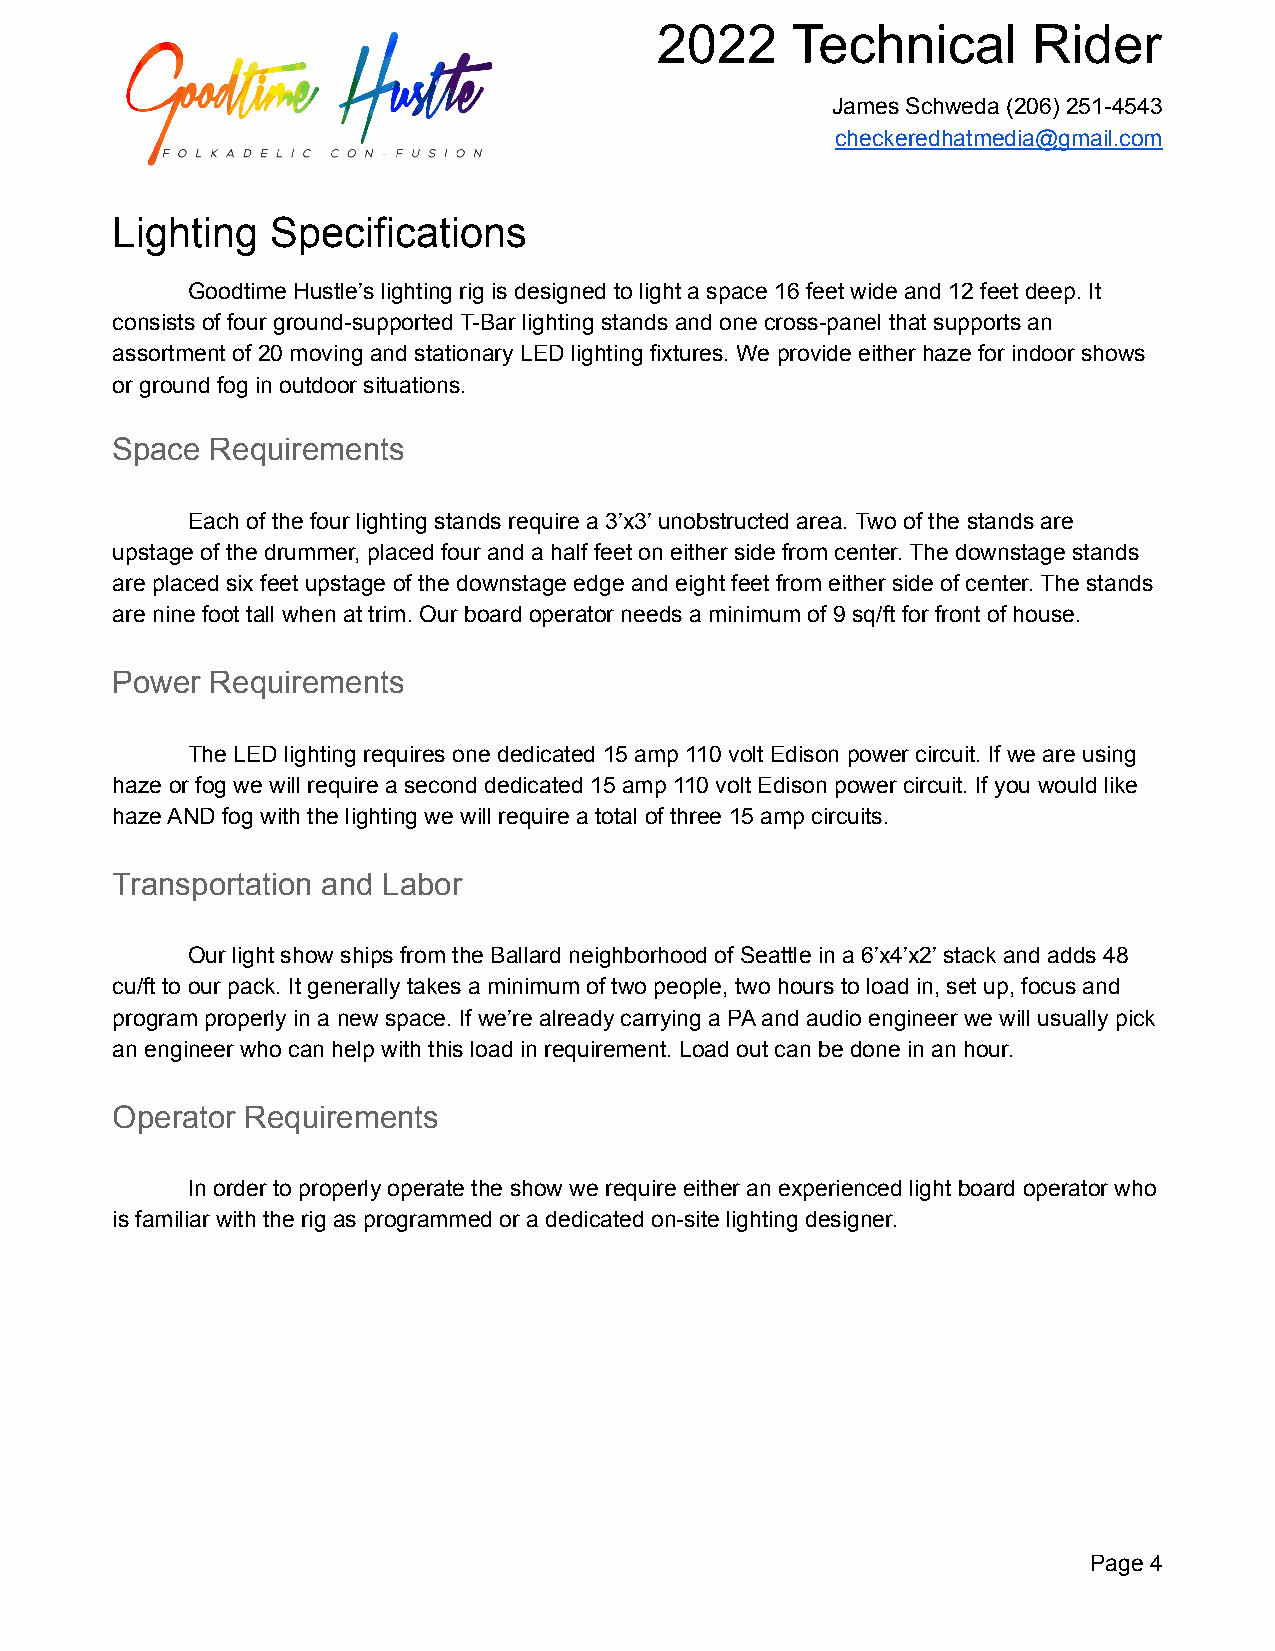
2022     Technical       Rider
 James Schweda (206) 251-4543
 checkeredhatmedia@gmail.com
 Lighting   Specifications
 Goodtime Hustle’s lighting rig is designed to light a space 16 feet wide and 12 feet deep. It
 consists of four ground-supported T-Bar lighting stands and one cross-panel that supports an
 assortment of 20 moving and stationary LED lighting fixtures. We provide either haze for indoor shows
 or ground fog in outdoor situations.
 Space  Requirements
 Each of the four lighting stands require a 3’x3’ unobstructed area. Two of the stands are
 upstage of the drummer, placed four and a half feet on either side from center. The downstage stands
 are placed six feet upstage of the downstage edge and eight feet from either side of center. The stands
 are nine foot tall when at trim. Our board operator needs a minimum of 9 sq/ft for front of house.
 Power  Requirements
 The LED lighting requires one dedicated 15 amp 110 volt Edison power circuit. If we are using
 haze or fog we will require a second dedicated 15 amp 110 volt Edison power circuit. If you would like
 haze AND fog with the lighting we will require a total of three 15 amp circuits.
 Transportation and Labor
 Our light show ships from the Ballard neighborhood of Seattle in a 6’x4’x2’ stack and adds 48
 cu/ft to our pack. It generally takes a minimum of two people, two hours to load in, set up, focus and
 program properly in a new space. If we’re already carrying a PA and audio engineer we will usually pick
 an engineer who can help with this load in requirement. Load out can be done in an hour.
 Operator Requirements
 In order to properly operate the show we require either an experienced light board operator who
 is familiar with the rig as programmed or a dedicated on-site lighting designer.
 Page 4